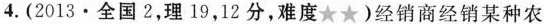
4.(2013·全国2，理19，12分，难度★★)经销商经销某种农